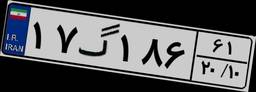
۹۵گ۲۵۶۴۴